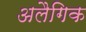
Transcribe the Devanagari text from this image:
अलैगिक